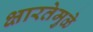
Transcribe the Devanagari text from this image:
क्षारतेमुळे